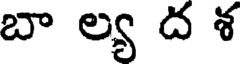
బా ల్య ద శ